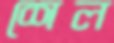
শেল